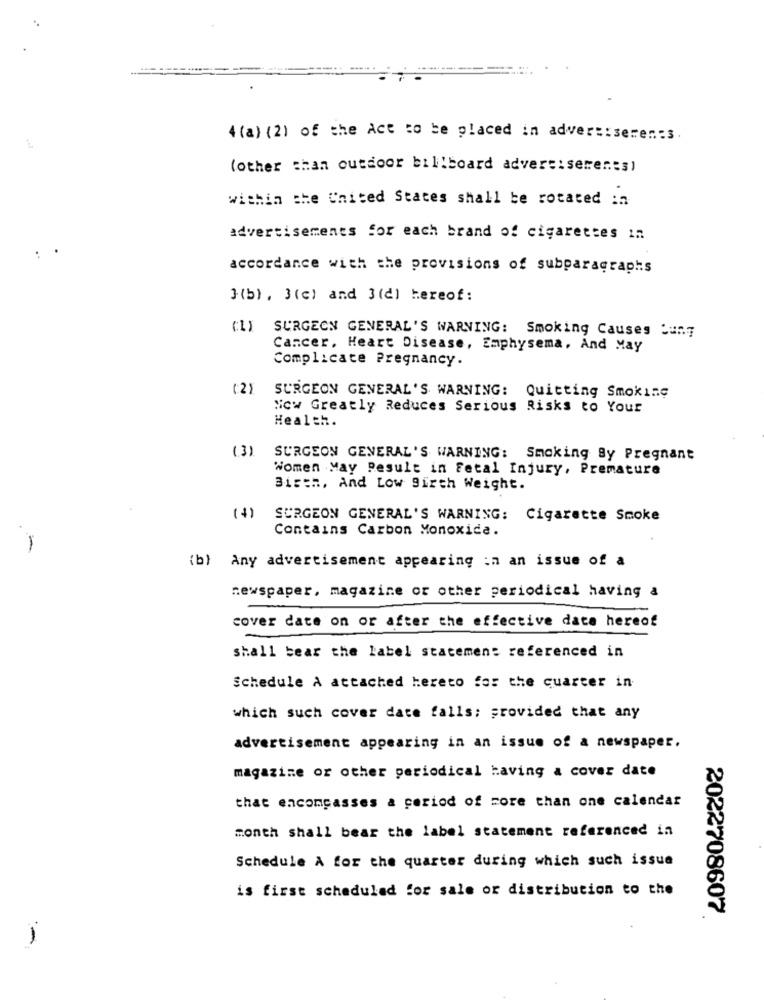
4 (a) (2) of the Act to be placed in advertiseren:3.
1
(other than outdoor billboard advertisements)
within the United States shall be rotated in
advertisements for each brand of cigarettes in
accordance with the provisions of subparagraphs
3(b) . 3(c) and 3(d) hereof:
SURGEON GENERAL'S WARNING: Smoking Causes Suny
Cancer, Heart Disease, Emphysema, And May
Complicate Pregnancy.
(2)
SURGEON GENERAL'S WARNING: Quitting Smoking
Now Greatly Reduces Serious Risks to Your
Health.
(3)
SURGEON GENERAL'S WARNING: Smoking By Pregnant
Women May Result in Fetal Injury, Premature
Bisth, And Low Birth Weight.
(+)
SURGEON GENERAL'S WARNING: Cigarette Smoke
-
Contains Carbon Monoxide.
(b) Any advertisement appearing in an issue of a
newspaper, magazine or other periodical having a
cover date on or after the effective date hereof
shall bear the label statemen: referenced in
Schedule A attached hereto for the quarter in
which such cover date falls; provided that any
advertisement appearing in an issue of a newspaper.
magazine or other periodical having a cover date
that encompasses & period of core than one calendar
month shall bear the label statement referenced in
Schedule A for the quarter during which such issue
is first scheduled for sale or distribution to the
2022708607
1